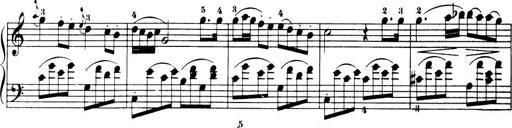
Title: 32 Sonatinas and Rondos for the Piano
Composer: Richard Kleinmichel